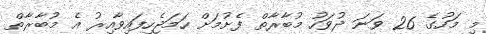
މި މަހުގެ 26 ވަނަ ދުވަހު މުބާރާތް ފެށުމަށް ހަމަޖެހިފައިވާއިރު އެ މުބާރާތް